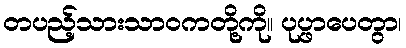
တပည့်သားသာဝကတို့ကို။ ပုပ္ဖာပေတွာ၊